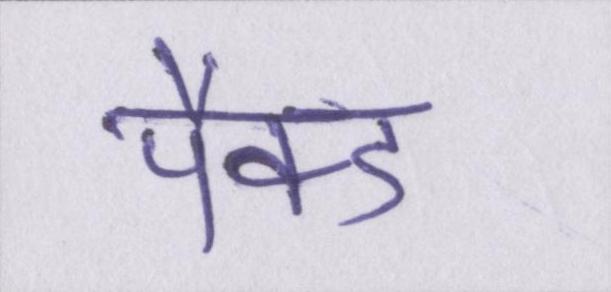
पैक्ड